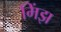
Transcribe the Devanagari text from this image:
मिंझ